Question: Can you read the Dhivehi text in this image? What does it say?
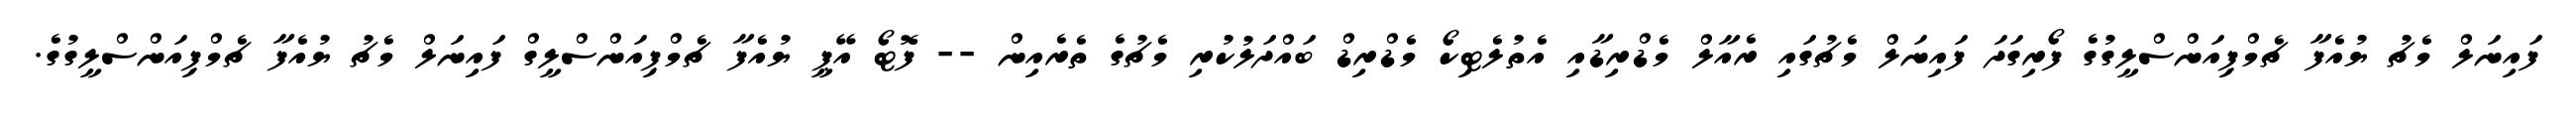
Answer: ފައިނަލް މެޗު ޔުއެފާ ޗެމްޕިއަންސްލީގުގެ ފޯރިގަދަ ފައިނަލް މެޗުގައި ރެއާލް މެޑްރިޑާއި އެތުލެޓިކޯ މެޑްރިޑް ބައްދަލުކުރި މެޗުގެ ތެރެއިން -- ފޮޓޯ އޭޕީ ޔުއެފާ ޗެމްޕިއަންސްލީގް ފައިނަލް މެޗު ޔުއެފާ ޗެމްޕިއަންސްލީގުގެ.